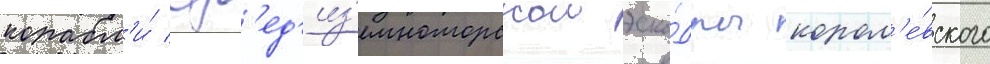
корабл'и́ ср'ед'из'емноморскои эска́дры корол'е́вского